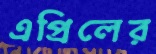
এপ্রিলের